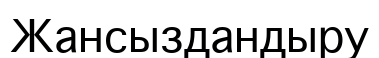
Жансыздандыру